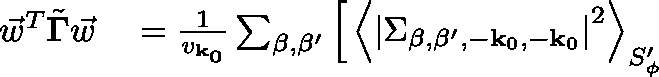
\begin{array} { r l } { \vec { w } ^ { T } \tilde { \mathbf { \Gamma } } \vec { w } } & { { } = \frac { 1 } { v _ { \mathbf { k _ { 0 } } } } \sum _ { \beta , \beta ^ { \prime } } \Big [ \left< \left| \Sigma _ { \beta , \beta ^ { \prime } , - { \mathbf { k } _ { 0 } } , - { \mathbf { k } _ { 0 } } } \right| ^ { 2 } \right> _ { S _ { \phi } ^ { \prime } } } \end{array}